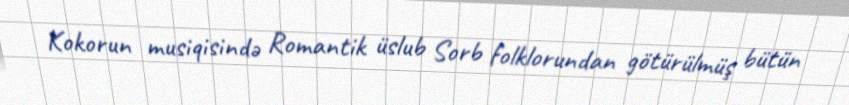
Kokorun musiqisində Romantik üslub Sorb folklorundan götürülmüş bütün